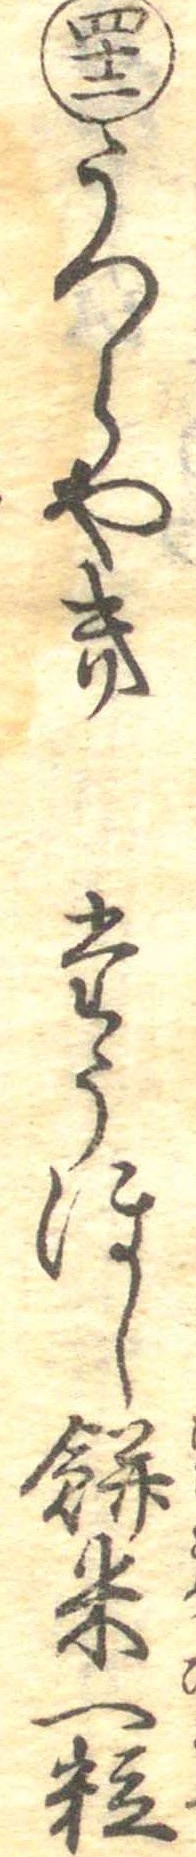
四十二うつらやきたうほし餅米一粒